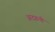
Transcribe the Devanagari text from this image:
अदरुनी